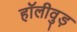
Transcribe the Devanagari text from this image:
हॉलीवुड़